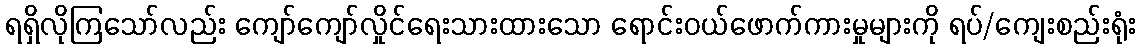
ရရှိလိုကြသော်လည်း ကျော်ကျော်လှိုင်ရေးသားထားသော ရောင်းဝယ်ဖောက်ကားမှုများကို ရပ်/ကျေးစည်းရုံး